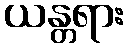
ယန္တရား